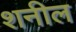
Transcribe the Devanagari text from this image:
शनील